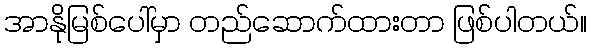
အာနိုမြစ်ပေါ်မှာ တည်ဆောက်ထားတာ ဖြစ်ပါတယ်။